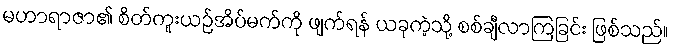
မဟာရာဇာ၏ စိတ်ကူးယဉ်အိပ်မက်ကို ဖျက်ရန် ယခုကဲ့သို့ စစ်ချီလာကြခြင်း ဖြစ်သည်။